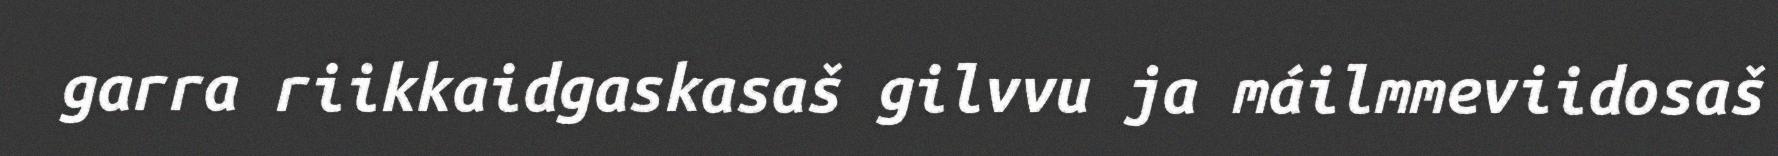
garra riikkaidgaskasaš gilvvu ja máilmmeviidosaš